Report on plague in the Punjab from October 1st ... to September 30th ..., being the ... season of plague in the province
Disease focus: Plague
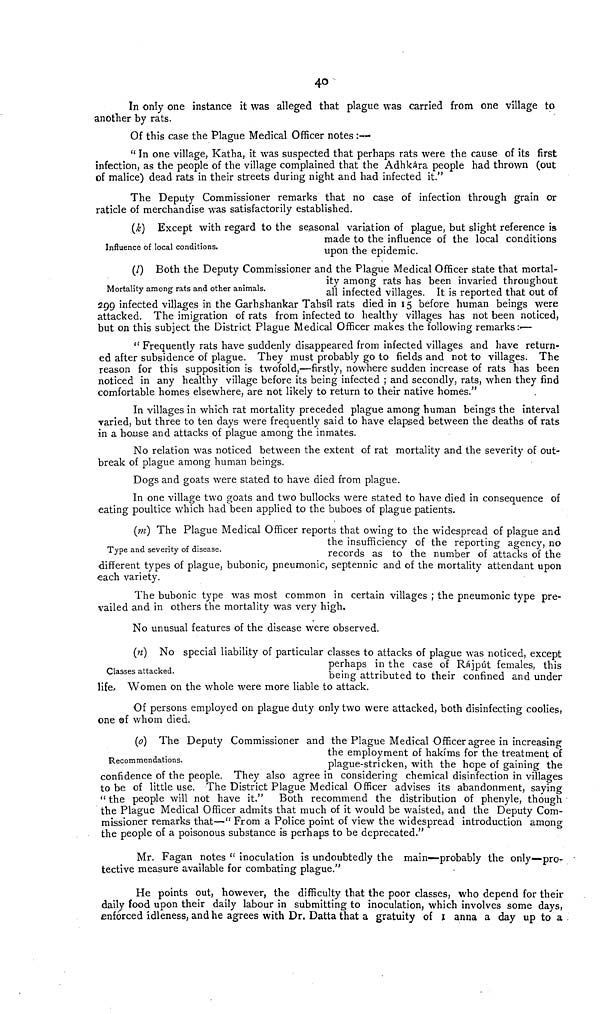
4o
In only one instance it was alleged that plague was carried from one village to
another by rats.
Of this case the Plague Medical Officer notes :—
" In one village, Katha, it was suspected that perhaps rats were the cause of its first
infection, as the people of the village complained that the Adhkára people had thrown (out
of malice) dead rats in their streets during night and had infected it."
The Deputy Commissioner remarks that no case of infection through grain or
raticle of merchandise was satisfactorily established.
(k) Except with regard to the seasonal variation of plague, but slight reference is
made to the influence of the local conditions
Influence of local conditions.
upon
the
epidemic.
(l) Both the Deputy Commissioner and the Plague Medical Officer state that mortal-
ity among rats has been invaried throughout
Mortality among rats and other animals. all infected villages. It is reported that out of
299 infected villages in the Garhshankar Tahsil rats died in 15 before human beings were
attacked. The imigration of rats from infected to healthy villages has not been noticed,
but on this subject the District Plague Medical Officer makes the following remarks:-—
" Frequently rats have suddenly disappeared from infected villages and have return-
ed after subsidence of plague. They must probably go to fields and not to villages. The
reason for this supposition is twofold,—firstly, nowhere sudden increase of rats has been
noticed in any healthy village before its being infected ; and secondly, rats, when they find
comfortable homes elsewhere, are not likely to return to their native homes."
In villages in which rat mortality preceded plague among human beings the interval
varied, but three to ten days were frequently said to have elapsed between the deaths of rats
in a house and attacks of plague among the inmates.
No relation was noticed between the extent of rat mortality and the severity of out-
break of plague among human beings.
Dogs and goats were stated to have died from plague.
In one village two goats and two bullocks were stated to have died in consequence of
eating poultice which had been applied to the buboes of plague patients.
(m) The Plague Medical Officer reports that owing to the widespread of plague and
the insufficiency of the reporting agency, no
Type and seventy of disease.
records as to the number of attacks of the
different types of plague, bubonic, pneumonic, septennic and of the mortality attendant upon
each variety.
The bubonic type was most common in certain villages ; the pneumonic type pre-
vailed and in others the mortality was very high.
No unusual features of the disease were observed.
(n) No special liability of particular classes to attacks of plague was noticed, except
perhaps in the case of Rajput females, this
Classes attacked.
being attributed to their confined and under
life. Women on the whole were more liable to attack.
Of persons employed on plague duty only two were attacked, both disinfecting coolies,
one of whom died.
(0) The Deputy Commissioner and the Plague Medical Officer agree in increasing
the employment of hakims for the treatment of
Recommendations.
plague-stricken, with the hope of gaining the
confidence of the people. They also agree in considering chemical disinfection in villages
to be of little use. The District Plague Medical Officer advises its abandonment, saying
" the people will not have it." Both recommend the distribution of phenyle, though
the Plague Medical Officer admits that much of it would be waisted, and the Deputy Com-
missioner remarks that—" From a Police point of view the widespread introduction among
the people of a poisonous substance is perhaps to be deprecated."
Mr. Fagan notes " inoculation is undoubtedly the main—probably the only—pro-
tective measure available for combating plague."
He points out, however, the difficulty that the poor classes, who depend for their
daily food upon their daily labour in submitting to inoculation, which involves some days,
enforced idleness, and he agrees with Dr. Datta that a gratuity of I anna a day up to a